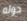
حوله